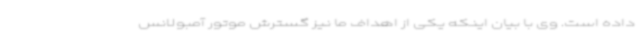
داده است. وی با بیان اینکه یکی از اهداف ما نیز گسترش موتور آمبولانس